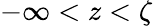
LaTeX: -\infty<z<\zeta